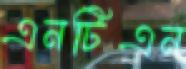
এনটিএন